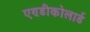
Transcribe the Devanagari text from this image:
एण्डीकोलार्ड